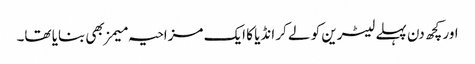
اور کچھ دن پہلے لیٹرین کو لے کر انڈیا کا ایک مزاحیہ میمز بھی بنایا تھا۔